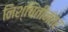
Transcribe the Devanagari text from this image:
निश्चितीनंतर